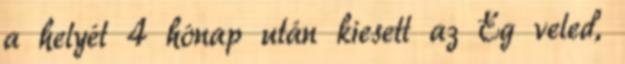
a helyét 4 hónap után kiesett az Ég veled,